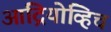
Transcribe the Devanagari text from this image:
आंद्रियोव्हिच